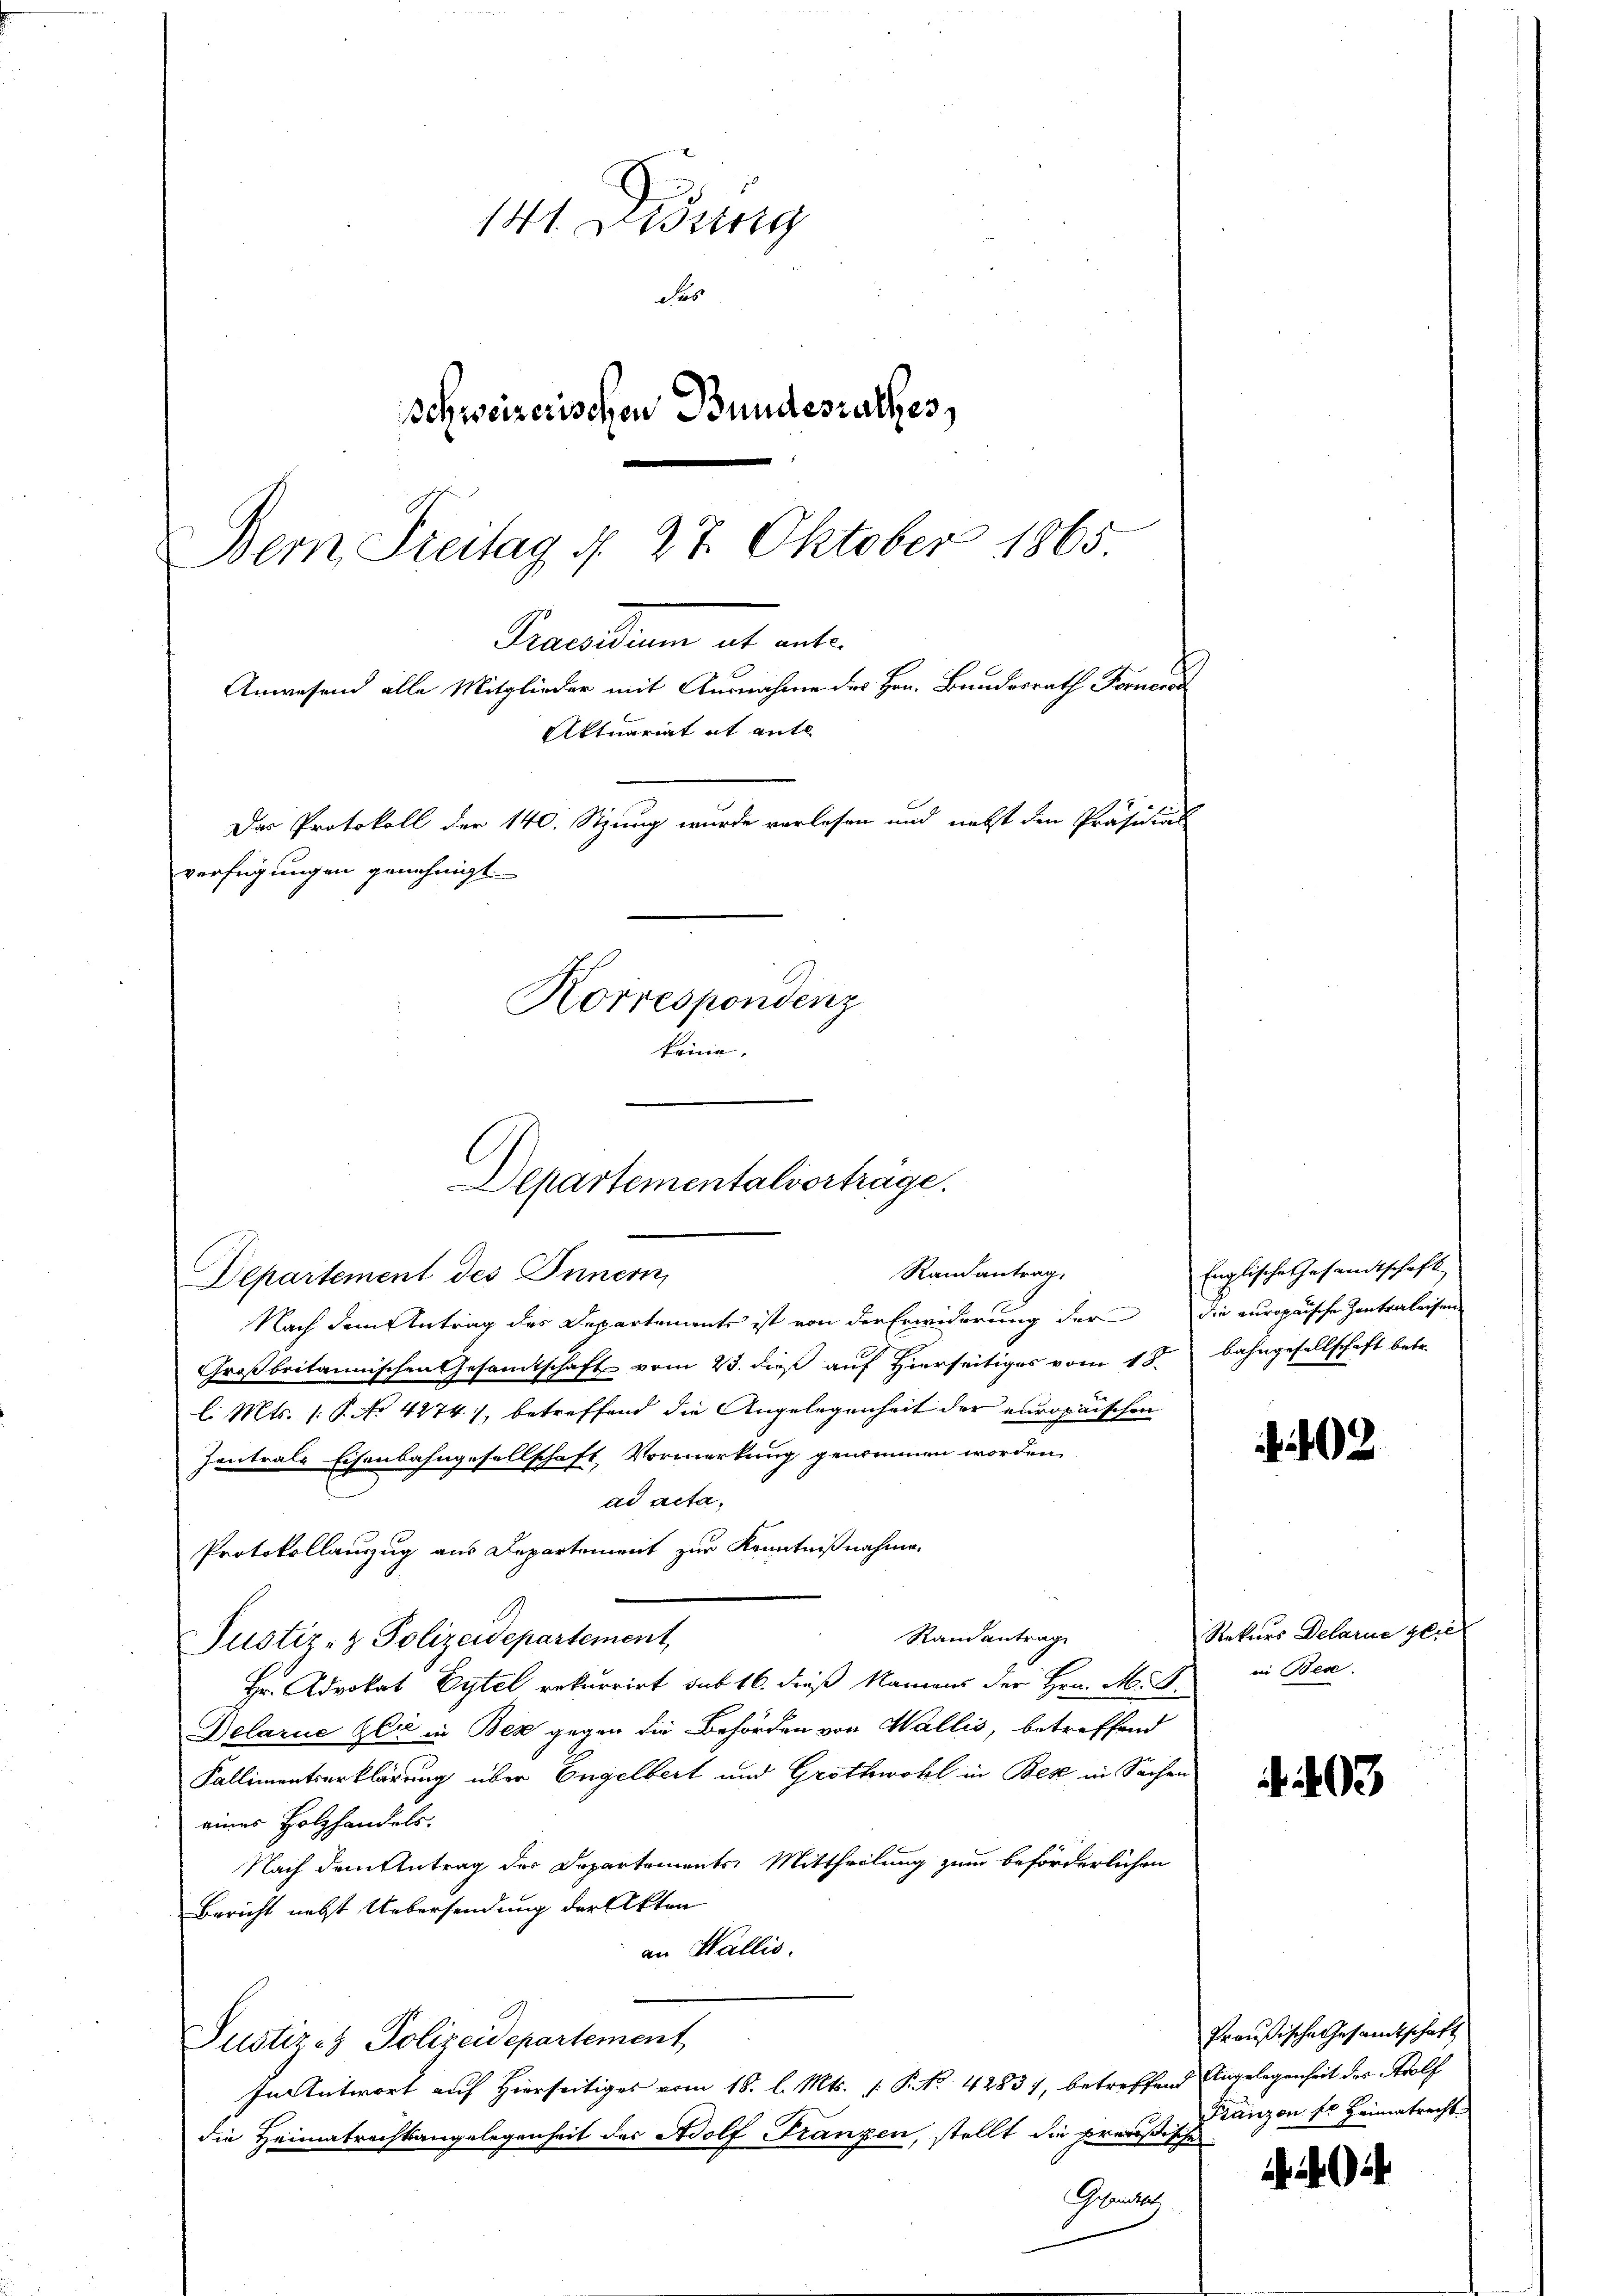
Departementalverträge.

141 Didung
das
Schweizerischen Bundesrathes,
Dem Freitag d. 27. Oktober 1865
Secretung es ent¬
Anwesend alle Mitglieder mit Ausnahme des Hrn. Bundesrath Forner
Aktuariat et ante
Das Protokoll der 140. Stzung wurde verlesen und nebst den Präsidial
verfügungen genehmigt.
Korrespondenz
keine.

Randantrag
Departement des Innern
Nach dem Antrag des Departements ist von der Erwiderung der die europaische Zentraleisen
Großbritannischen Gesamtschaft vom 23. dieß auf Hierseitiges vom 18. Bahngesellschaft betr.
l. Mts. (: P. No 4474), betreffend die Angelegenheit der europäischen
Zentrale Eisenbahngesellschaft, Vormerkung genommen worden.
ad acta,
Protokollauszug aus Departement zur Kenntnißnahmen
Randantrag
Justiz- & Polizeidepartement
Hr. Advokat Eytel rekurrirt sub 16. dieß Namens der Hrn. M. D.
Delarne Gli in Bex gegen die Behörden von Wallis, betreffend
Kallimentserklärung über Engelbert und Grothwohl in Bex in Sachen
eines Holzhandels.
Nach dem Antrag der Departements: Mittheilung zum beförderlichen
Bericht nebst Uebersendung der Akten
an Wallis.
Justiz- & Polizeidepartement
In Antwort auf Hierseitiges vom 18. l. Mts. f. P. No. 42837, betreffend Angelegenheit der Wolf
die Heimatrechtsangelegenheit des Adolf Franzen, stellt die preußischen
Gesandt,

402

493

Englische Gesandtschaft

Rekurs Delarne glie
in Bes

Preußische Gesandtschaft
Fränzen Er Heimatrecht